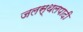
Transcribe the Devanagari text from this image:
जलस्थलपादी